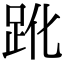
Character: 𧿕